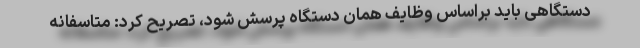
دستگاهی باید براساس وظایف همان دستگاه پرسش شود، تصریح کرد: متاسفانه